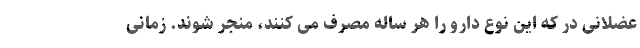
عضلانی در که این نوع دارو را هر ساله مصرف می کنند، منجر شوند. زمانی